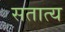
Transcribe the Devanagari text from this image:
सतात्य